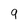
Character: 9